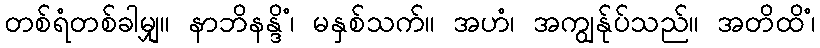
တစ်ရံတစ်ခါမျှ။ နာဘိနန္ဒိံ၊ မနှစ်သက်။ အဟံ၊ အကျွန်ုပ်သည်။ အတိထိံ၊